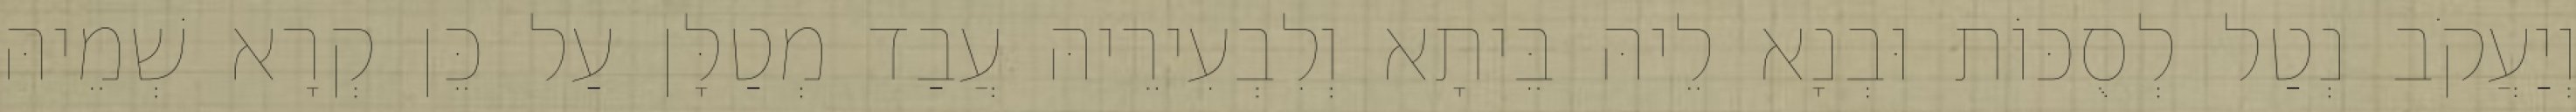
וְיַעֲקֹב נְטַל לְסֻכּוֹת וּבְנָא לֵיהּ בֵּיתָא וְלִבְעִירֵיהּ עֲבַד מְטַלָּן עַל כֵּן קְרָא שְׁמֵיהּ